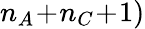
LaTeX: n_{A}\! +\! n_{C}\! +\! 1)